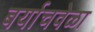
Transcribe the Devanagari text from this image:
बर्याचवेळा